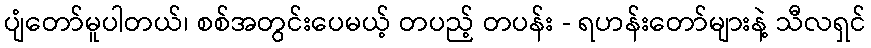
ပျံတော်မူပါတယ်၊ စစ်အတွင်းပေမယ့် တပည့် တပန်း - ရဟန်းတော်များနဲ့ သီလရှင်